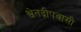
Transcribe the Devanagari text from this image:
श्वेतद्वीपवासी